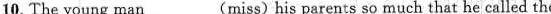
10.The young man ___(miss)his parents so much that he called them